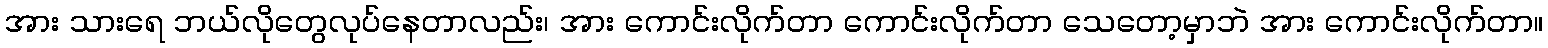
အား သားရေ ဘယ်လိုတွေလုပ်နေတာလည်း၊ အား ကောင်းလိုက်တာ ကောင်းလိုက်တာ သေတော့မှာဘဲ အား ကောင်းလိုက်တာ။